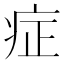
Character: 症